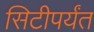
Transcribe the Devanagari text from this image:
सिटीपर्यंत